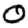
Digit: 0